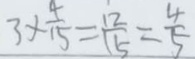
3 \times \frac { 4 } { 1 5 } = \frac { 1 2 } { 1 5 } = \frac { 4 } { 5 }